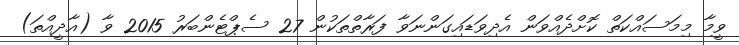
ވީމާ މިމަސައްކަތް ކޮށްދެއްވަން އެދިވަޑައިގަންނަވާ ފަރާތްތަކުން 27 ސެޕްޓެންބަރު 2015 ވާ (އާދީއްތަ)